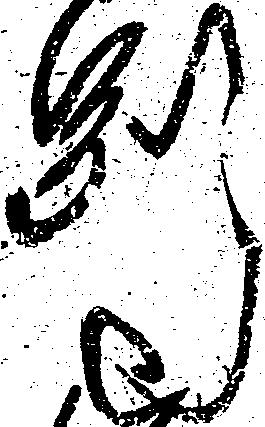
別